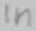
Text: in